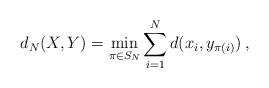
LaTeX: \begin{align*}d_N(X,Y)=\min_{\pi\in S_N} \sum_{i=1}^N d(x_i,y_{\pi(i)})\:,\end{align*}